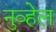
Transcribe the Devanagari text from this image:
नुव्हेल